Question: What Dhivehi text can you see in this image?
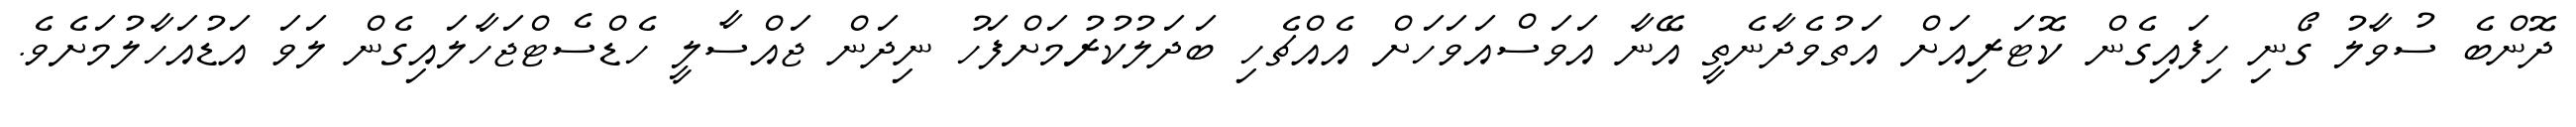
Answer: ދޮންބެ ސުވާލު ގޯނި ހިފައިގެން ކޮޓަރިއަށް އަތުވެދާނެތީ އޭނާ އަވަސްއަވަހަށް އެއްޗެހި ބަދަލުކުރުމަށްފަހު ނިދަން ޖައްސާލީ ހެޑްސެޓްޖަހާލައިގެން ލަވަ އަޑުއަހާލުމަށެވެ.